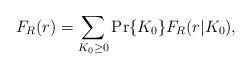
LaTeX: \begin{align*} F_{R}(r) = \sum_{K_0 \geq 0} \Pr\{K_0\} F_{R}(r|K_0),\end{align*}